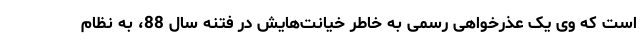
است که وی یک عذرخواهی رسمی به خاطر خیانت‌هایش در فتنه سال 88، به نظام